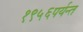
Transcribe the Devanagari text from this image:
१९५६पर्यन्त